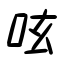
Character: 呟